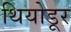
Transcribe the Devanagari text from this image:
थियोडूर